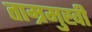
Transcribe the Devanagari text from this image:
ताम्रमुखी